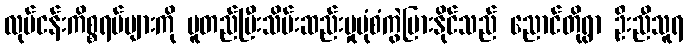
လုပ်ငန်းကိစ္စရပ်များကို မူတည်ပြီးသိမ်းဆည်းမှုပုံစံကွဲပြားနိုင်သည် ညောင်တိုရွာ ဦးညီသူရ